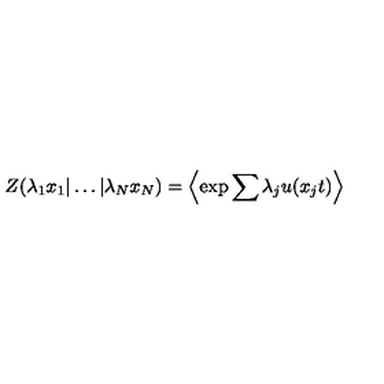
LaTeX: Z ( \lambda _ { 1 } x _ { 1 } | \ldots | \lambda _ { N } x _ { N } ) = \left\langle \exp { \sum { \lambda _ { j } u ( x _ { j } t ) } } \right\rangle